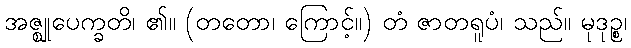
အဇ္ဈုပေက္ခတိ၊ ၏။ (တတော၊ ကြောင့်။) တံ ဇာတရူပံ၊ သည်။ မုဒုဉ္စ၊